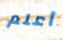
أعلم